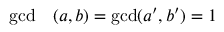
\begin{array} { r l } { \operatorname* { g c d } } & { { } ( a , b ) = \operatorname* { g c d } ( a ^ { \prime } , b ^ { \prime } ) = 1 } \end{array}